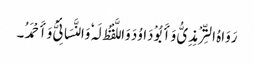
رَوَاہُ التِّرْمِذِیُّ وَأَبُوْ دَاوُدَ وَاللَّفْظُ لَہٗ وَالنَّسَائِیُّ وَأَحْمَدُ۔